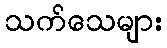
သက်သေများ